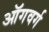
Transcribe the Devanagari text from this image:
ऑगवर्ग